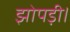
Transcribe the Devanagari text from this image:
झोपड़ी।